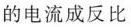
的电流成反比